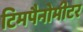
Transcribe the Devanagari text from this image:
टिमपैनोमीटर